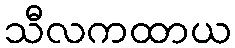
သီလကထာယ